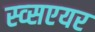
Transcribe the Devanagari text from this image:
स्व्सएयर